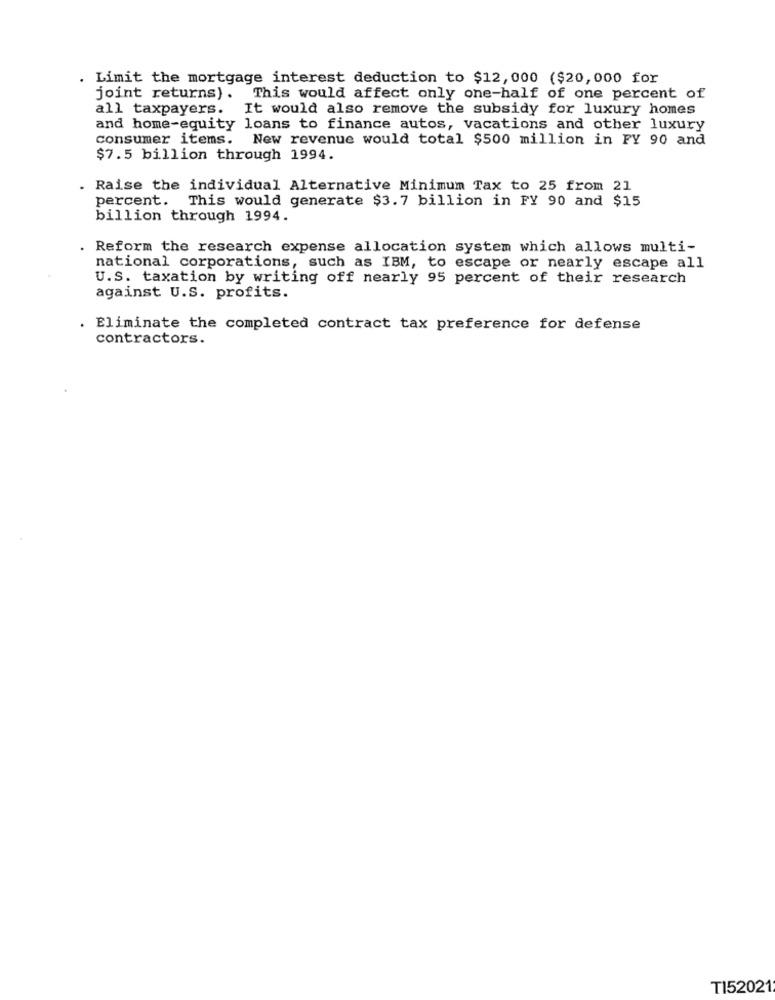
. Limit the mortgage interest deduction to $12, 000 ($20,000 for
joint returns). This would affect only one-half of one percent of
all taxpayers. It would also remove the subsidy for luxury homes
and home-equity loans to finance autos, vacations and other luxury
consumer items. New revenue would total $500 million in FY 90 and
$7.5 billion through 1994.
. Raise the individual Alternative Minimum Tax to 25 from 21
percent.
This would generate $3.7 billion in FY 90 and $15
billion through 1994.
.Reform the research expense allocation system which allows multi-
national corporations, such as IBM, to escape or nearly escape all
U.S. taxation by writing off nearly 95 percent of their research
against U.S. profits.
Eliminate the completed contract tax preference for defense
contractors.
T152021